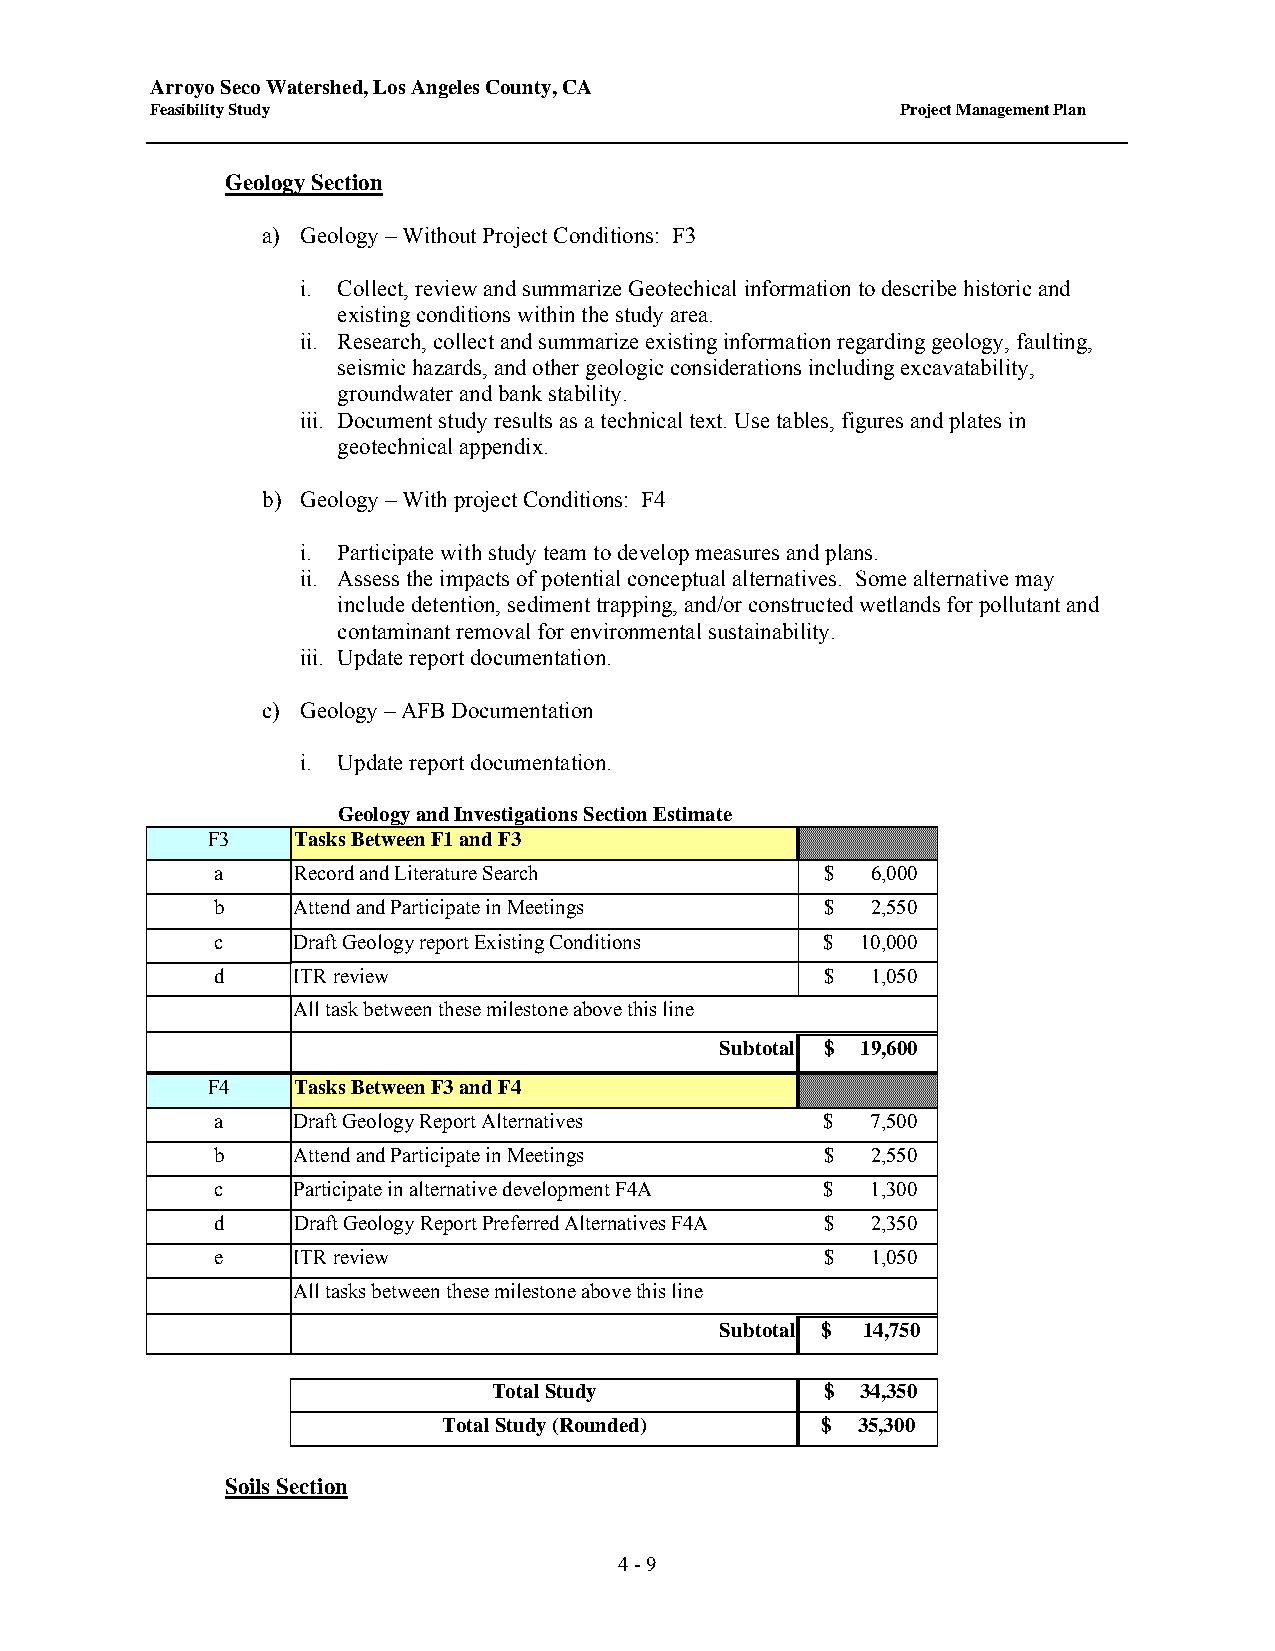
Arroyo Seco Watershed, Los Angeles County, CA
 Feasibility Study                                 Project Management Plan
 Geology Section
 a) Geology – Without Project Conditions: F3
 i. Collect, review and summarize Geotechical information to describe historic and
 existing conditions within the study area.
 ii. Research, collect and summarize existing information regarding geology, faulting,
 seismic hazards, and other geologic considerations including excavatability,
 groundwater and bank stability.
 iii. Document study results as a technical text. Use tables, figures and plates in
 geotechnical appendix.
 b) Geology – With project Conditions: F4
 i. Participate with study team to develop measures and plans.
 ii. Assess the impacts of potential conceptual alternatives. Some alternative may
 include detention, sediment trapping, and/or constructed wetlands for pollutant and
 contaminant removal for environmental sustainability.
 iii. Update report documentation.
 c) Geology – AFB Documentation
 i. Update report documentation.
 Geology and Investigations Section Estimate
 F3   Tasks Between F1 and F3
 a    Record and Literature Search        $  6,000
 b    Attend and Participate in Meetings  $  2,550
 c    Draft Geology report Existing Conditions $ 10,000
 d    ITR review                          $  1,050
 All task between these milestone above this line
 Subtotal $ 19,600
 F4   Tasks Between F3 and F4
 a    Draft Geology Report Alternatives   $  7,500
 b    Attend and Participate in Meetings  $  2,550
 c    Participate in alternative development F4A $ 1,300
 d    Draft Geology Report Preferred Alternatives F4A $ 2,350
 e    ITR review                          $  1,050
 All tasks between these milestone above this line
 Subtotal $ 14,750
 Total Study           $ 34,350
 Total Study (Rounded)    $  35,300
 Soils Section
 4 - 9